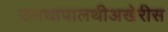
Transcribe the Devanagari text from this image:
उलथापालथीअखेरीस